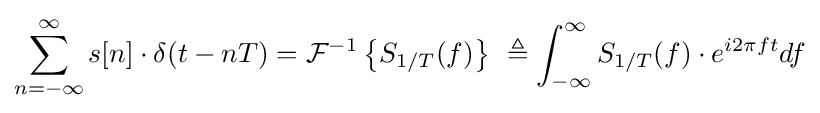
\sum _{n=-\infty }^{\infty }s[n]\cdot \delta (t-nT)={\mathcal {F}}^{-1}\left\{S_{1/T}(f)\right\}\ \triangleq \int _{-\infty }^{\infty }S_{1/T}(f)\cdot e^{i2\pi ft}df